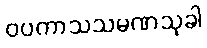
ဝပကာသသမဏသုခါ